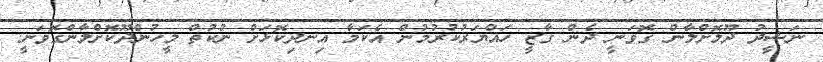
ނަޝީދު ދޫލޮށްލާން ގޮވަނީ ދެން ގާޒީ ހައްޔަރުކުރުމުން އެކަމާ އިނދިކޮޅަށް ނުކުތް މީހުންދޫކޮށްލާންގޮވަނީ.